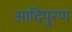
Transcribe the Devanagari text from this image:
आदिपुरण